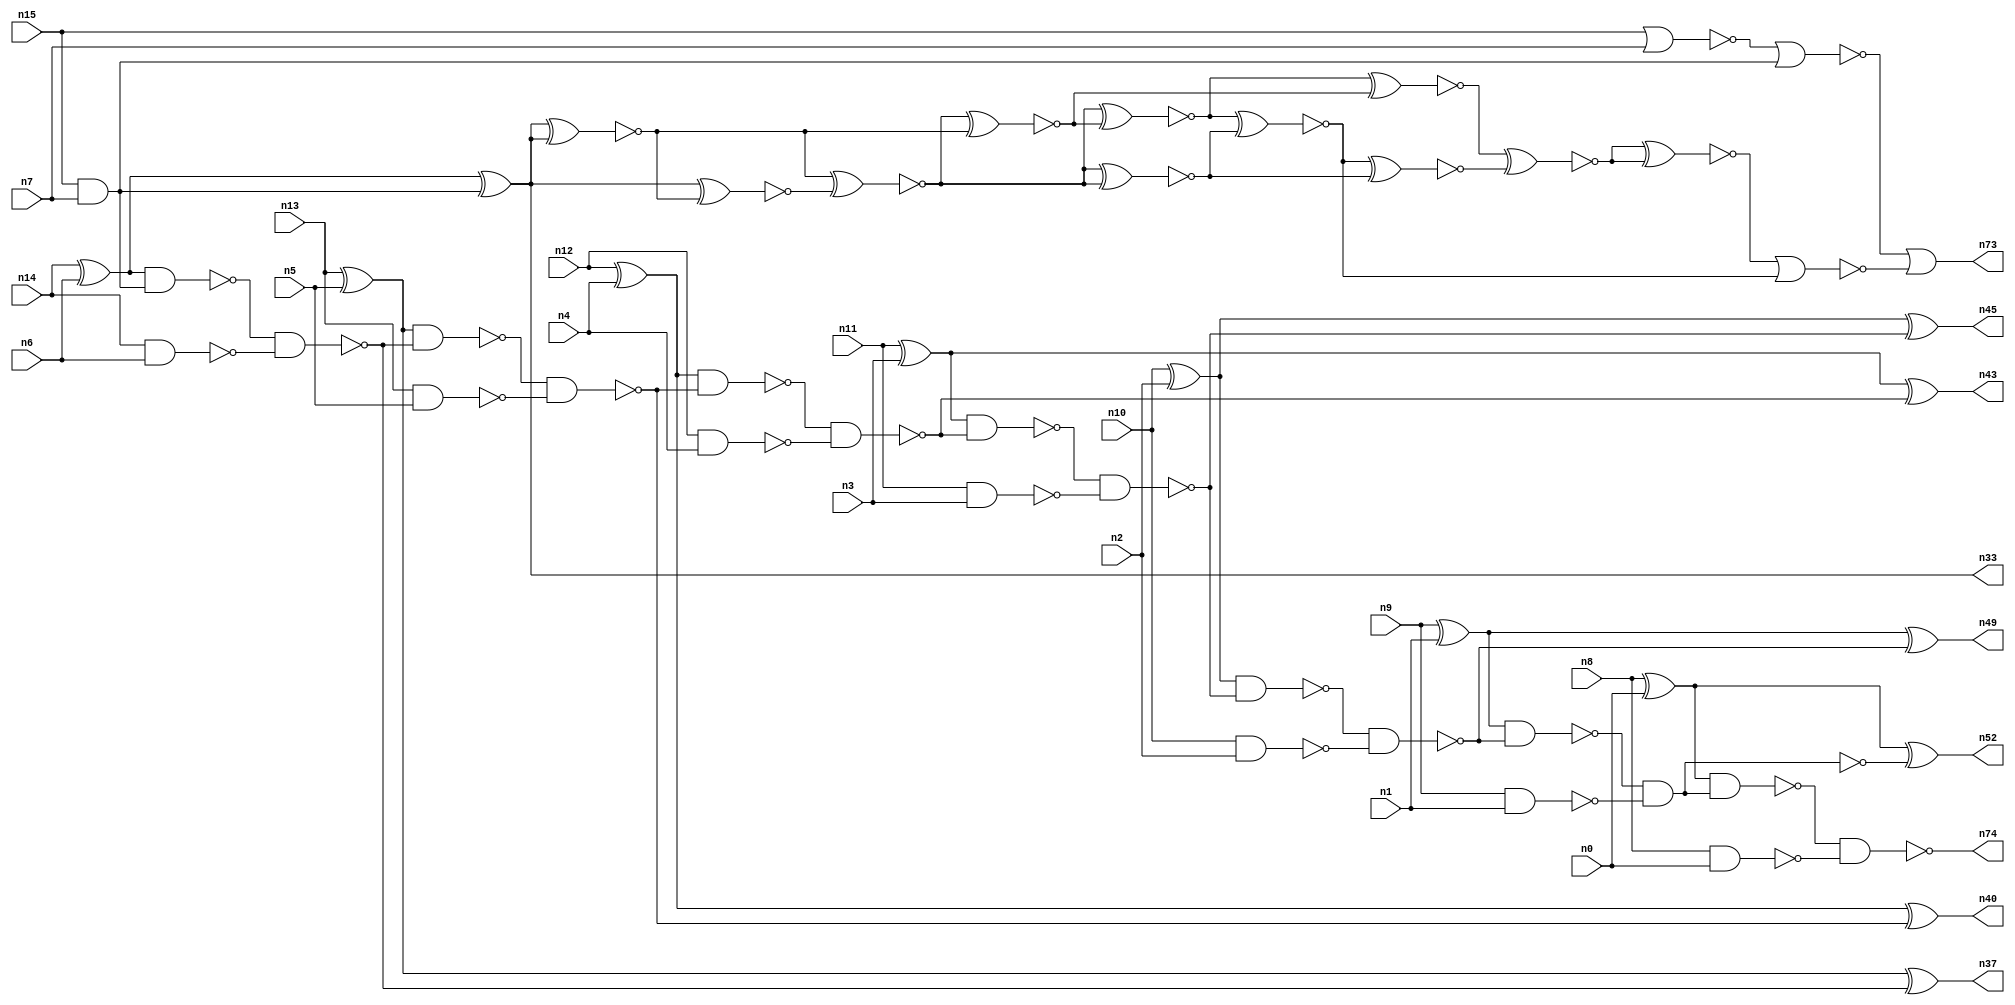
// This program was cloned from: https://github.com/umar-afzaal/ReCkt
// License: MIT License

// This file contains a pareto-optimal circuit with respect to area and the fault-resilince parameter p_fault which is defined as:
// "For all input vectors, the ratio of the no. of faults observable at the POs to the no. of total possible faults in the circuit".
// This code is part of the ReCkt library (https://github.com/umar-afzaal/ReCkt) distributed under The MIT License.
// When used, please cite the following article(s):
// U. Afzaal, A.S. Hassan, M. Usman and J.A. Lee, "On the Evolutionary Synthesis of Increased Fault-resilience Arithmetic Circuits".

// p_fault = 71.3 %    (Lower is better)
// gates = 55.0
// levels = 16
// area = 78.9    (For MCNC library relative to nand2)
// power = 448.8 uW    (Berkely-SIS for MCNC library @ Vdd=5V and 20 MHz clock)
// delay = 26.5 ns    (Berkely-ABC for MCNC library)
// PDP = 1.18932e-11 J

// Pin mapping:
// {n0, n1, n2, n3, n4, n5, n6, n7} = A[7:0]
// {n8, n9, n10, n11, n12, n13, n14, n15} = B[7:0]
// {n74, n52, n49, n45, n43, n40, n37, n33, n73} = O[8:0]

module addr8s_area_30 (
n0, n1, n2, n3, n4, n5, n6, n7, n8, n9, n10, n11, n12, n13, n14, n15, 
n74, n52, n49, n45, n43, n40, n37, n33, n73
);

input n0, n1, n2, n3, n4, n5, n6, n7, n8, n9, n10, n11, n12, n13, n14, n15;
output n74, n52, n49, n45, n43, n40, n37, n33, n73;
wire n22, n42, n28, n21, n54, n72, n30, n16, n27, n24, n56, n66, n20, n53, n32, n64, n18, n55, n63, n51, 
n31, n39, n25, n58, n41, n26, n35, n29, n17, n38, n19, n34, n61, n62, n65, n50, n69, n46, n47, n59, 
n23, n36, n48, n57, n60, n44;

xor (n16, n9, n1);
xor (n17, n10, n2);
xor (n18, n8, n0);
nand (n19, n14, n6);
nand (n20, n10, n2);
nand (n21, n13, n5);
and (n22, n15, n7);
nor (n23, n15, n7);
xor (n24, n13, n5);
xor (n25, n14, n6);
nand (n26, n12, n4);
xor (n27, n11, n3);
xor (n28, n12, n4);
nand (n29, n11, n3);
nand (n30, n9, n1);
nand (n31, n8, n0);
nand (n32, n25, n22);
xor (n33, n25, n22);
nor (n34, n23, n22);
nand (n35, n32, n19);
nand (n36, n24, n35);
xor (n37, n24, n35);
nand (n38, n36, n21);
nand (n39, n28, n38);
xor (n40, n28, n38);
nand (n41, n39, n26);
nand (n42, n27, n41);
xor (n43, n27, n41);
nand (n44, n42, n29);
xor (n45, n17, n44);
nand (n46, n17, n44);
nand (n47, n46, n20);
nand (n48, n16, n47);
xor (n49, n16, n47);
and (n50, n48, n30);
nand (n51, n48, n30);
xor (n52, n18, n51);
nand (n53, n18, n50);
nand (n54, n53, n31);
xnor (n55, n33, n33);
xnor (n56, n33, n55);
xnor (n57, n33, n33);
xnor (n58, n55, n56);
xnor (n59, n56, n57);
xnor (n60, n58, n57);
xnor (n61, n59, n58);
xnor (n62, n59, n60);
xnor (n63, n62, n60);
xnor (n64, n62, n61);
xnor (n65, n64, n61);
xnor (n66, n63, n65);
xnor (n69, n66, n66);
nor (n72, n69, n64);
or (n73, n34, n72);
or (n74, n54, n54);

endmodule